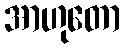
အာဟုတော